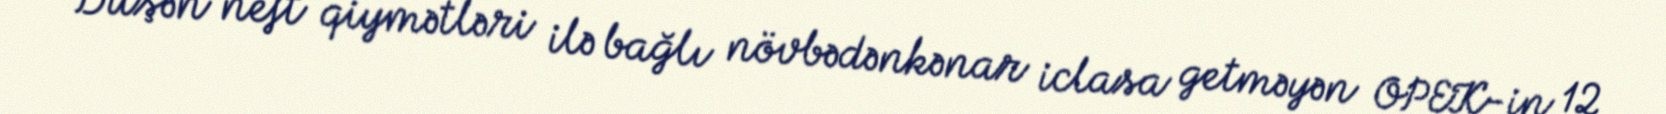
Düşən neft qiymətləri ilə bağlı növbədənkənar iclasa getməyən OPEK-in 12